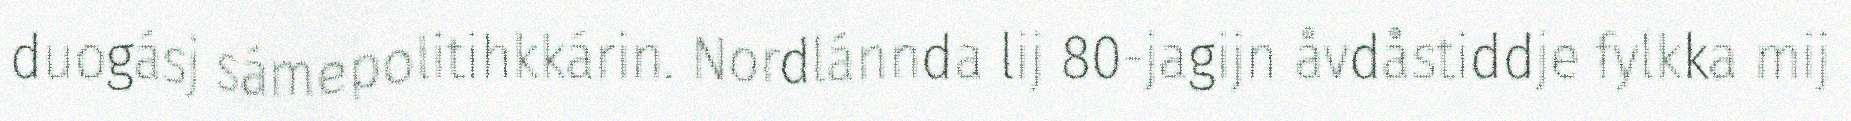
duogásj sámepolitihkkárin. Nordlánnda lij 80-jagijn åvdåstiddje fylkka mij